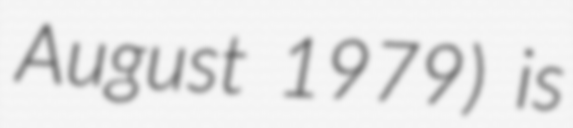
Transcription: August 1979) is